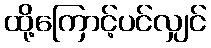
ထို့ကြောင့်ပင်လျှင်